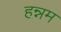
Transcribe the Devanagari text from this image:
हन्नम